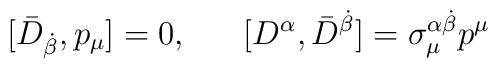
[\bar{D}_{\dot{\beta}}, p_{\mu}] = 0, ~~~~~ [D^{\alpha}, \bar{D}^{\dot{\beta}}] = \sigma_{\mu}^{\alpha \dot{\beta}} p^{\mu}